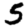
Digit: 5